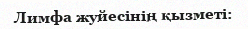
Лимфа жуйесінің қызметі: